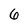
Character: 6